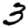
Digit: 3